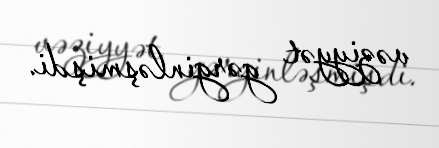
vəziyyət gərginləşmişdi.